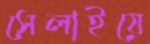
সেলাইয়ে